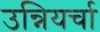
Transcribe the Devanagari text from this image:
उन्नियर्चा